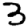
Digit: 3